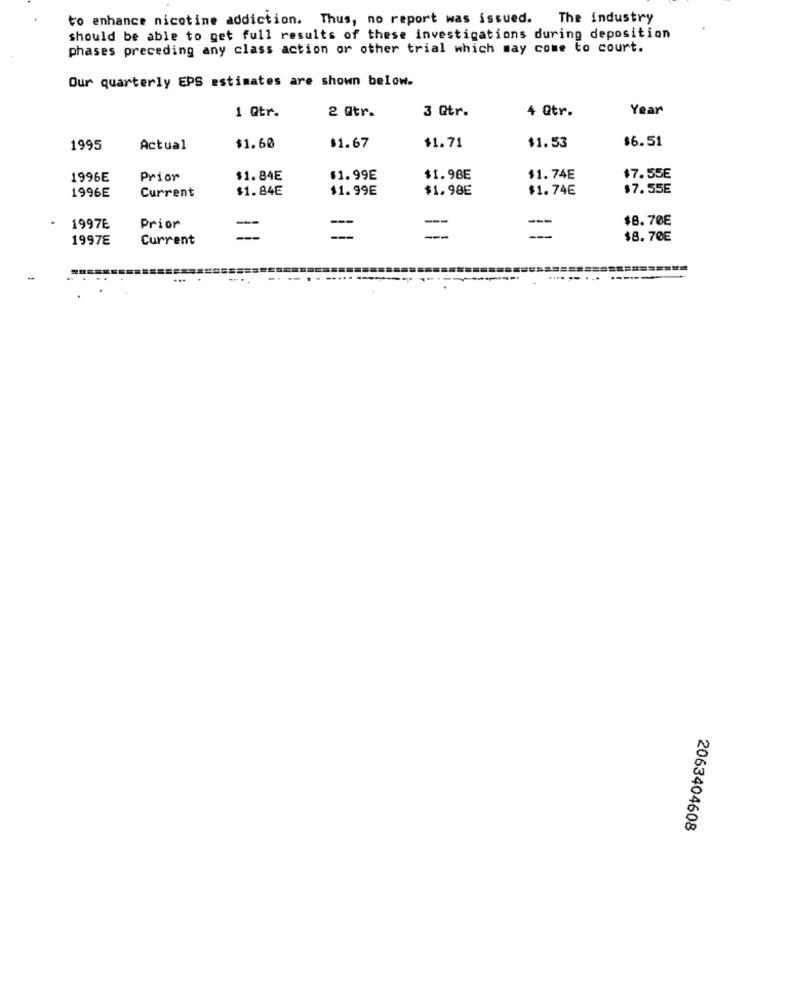
to enhance nicotine addiction. Thus, no report was issued. The industry
should be able to get full results of these investigations during deposition
phases preceding any class action or other trial which may come to court.
Our quarterly EPS estimates are shown below.
2 @tr.
3 Qtr.
4 Qtr.
Year
1 Qtr.
1995
Actual
$1.60
$1.67
$1.71
$1.53
$6.51
1996E
Prior
$1.84E
$1.99E
$1.96E
$1.74E
$7.55E
Current
$1.84E
$1.99E
$1.98E
$1.74€
$7.55E
1996E
$8.70E
1997E
Prior
--
--
-
19978
Current
--
-
-
$8.70E
2063404608